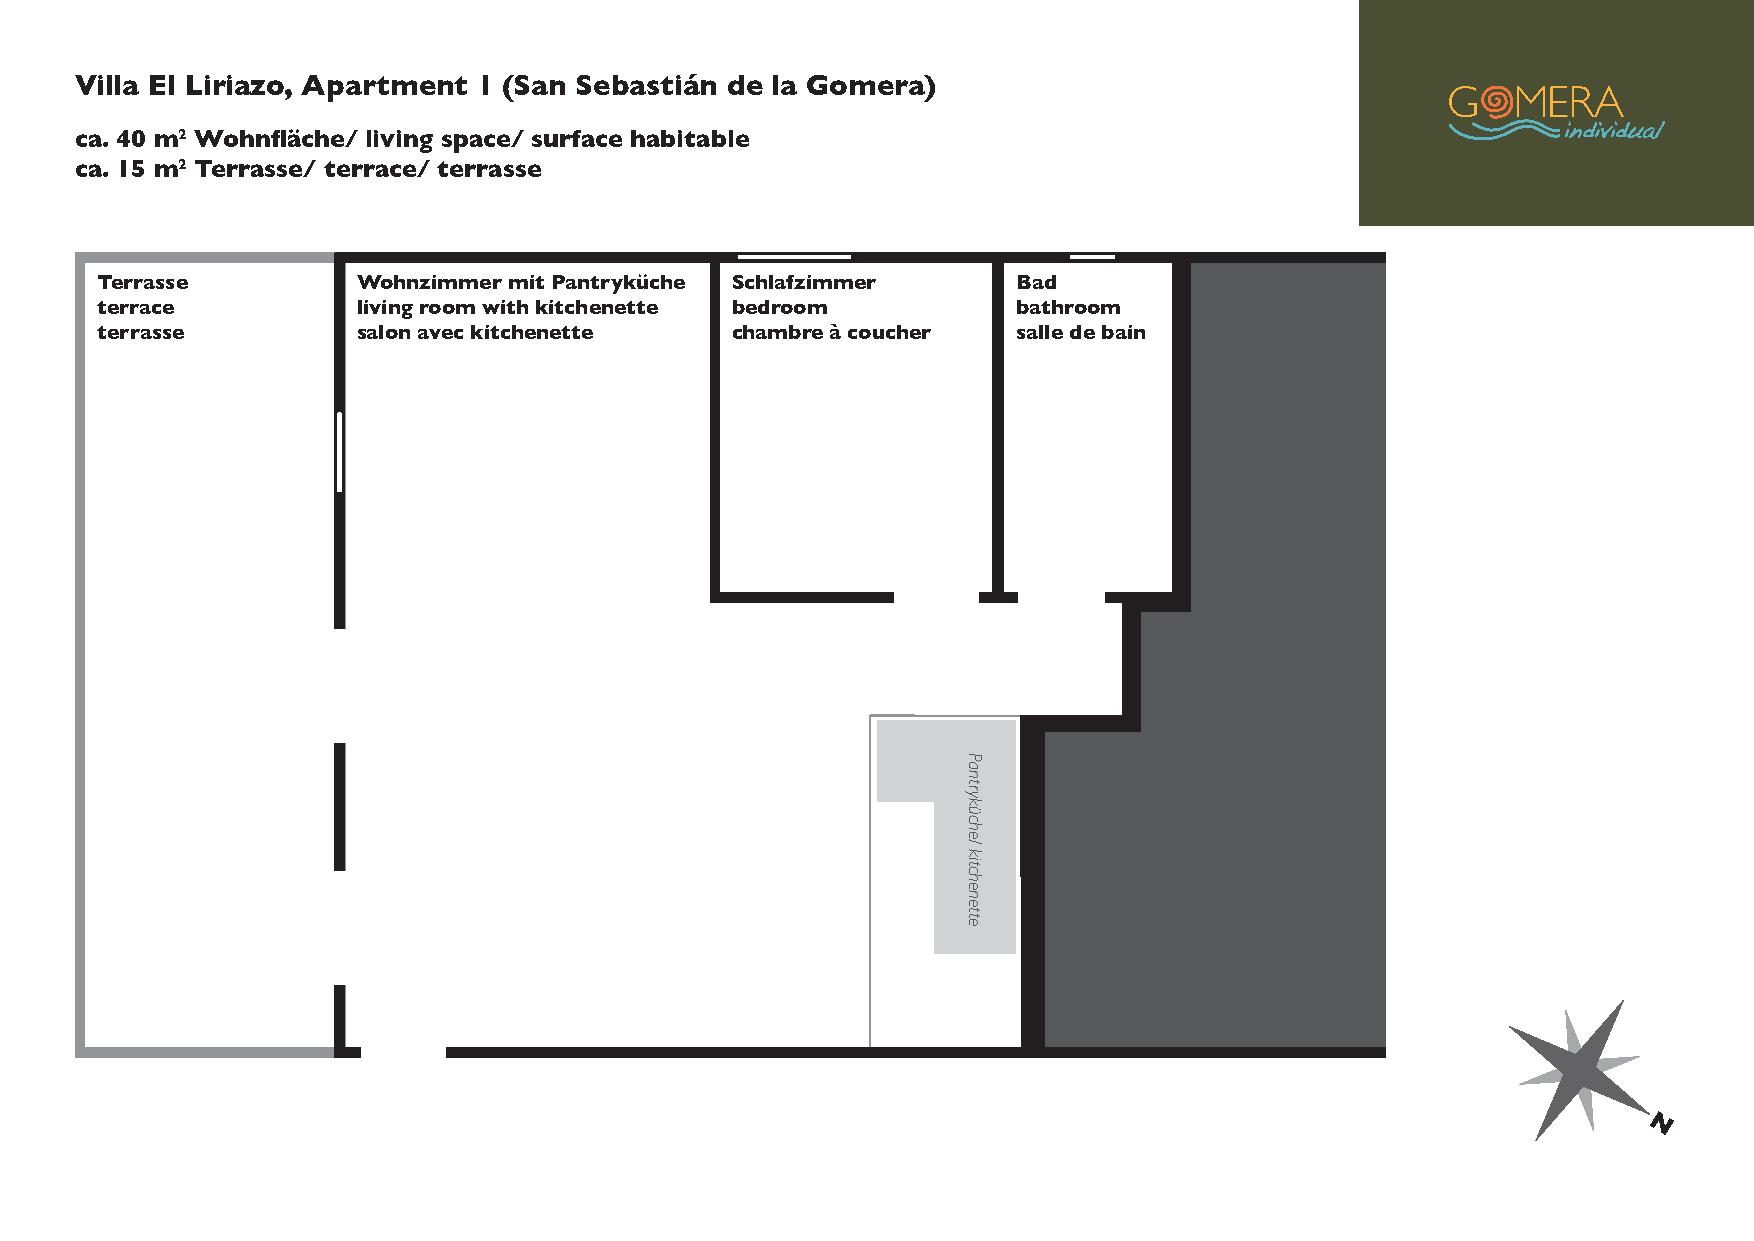
Villa El Liriazo, Apartment 1 (San Sebastián de la Gomera)
 ca. 40 m2 Wohnfläche/ living space/ surface habitable
 ca. 15 m2 Terrasse/ terrace/ terrasse
 Terrasse          Wohnzimmer mit Pantryküche Schlafzimmer    Bad
 terrace           living room with kitchenette bedroom       bathroom
 terrasse          salon avec kitchenette  chambre à coucher  salle de bain
 N
 Pantryküche/
 kitchenette